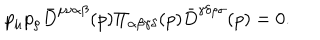
LaTeX: p _ { \mu } p _ { \rho } { \bar { D } } ^ { \mu \nu \alpha \beta } ( p ) \Pi _ { \alpha \beta \gamma \delta } ( p ) { \bar { D } } ^ { \gamma \delta \rho \sigma } ( p ) = 0 .